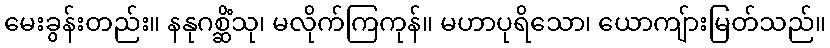
မေးခွန်းတည်း။ နနုဂစ္ဆိံသု၊ မလိုက်ကြကုန်။ မဟာပုရိသော၊ ယောကျ်ားမြတ်သည်။